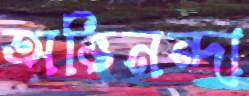
অভিনন্দা